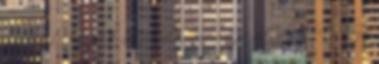
reakció jelentkezett a teikoplaninra, mert ez azt jelentheti, hogy